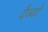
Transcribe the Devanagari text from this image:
दैव्यों